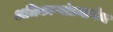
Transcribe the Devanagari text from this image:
अधिकाऱ्यांप्रमाणेच